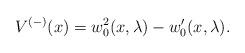
LaTeX: \begin{align*} V^{(-)}(x) = w_0^2(x, \lambda) - w_0^\prime(x, \lambda).\end{align*}